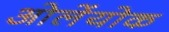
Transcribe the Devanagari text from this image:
ओलेंयोक